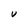
Character: V